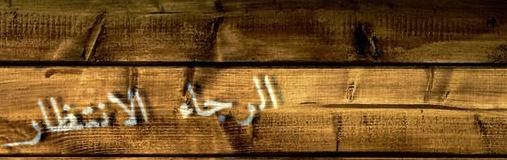
الرجاء الانتظار